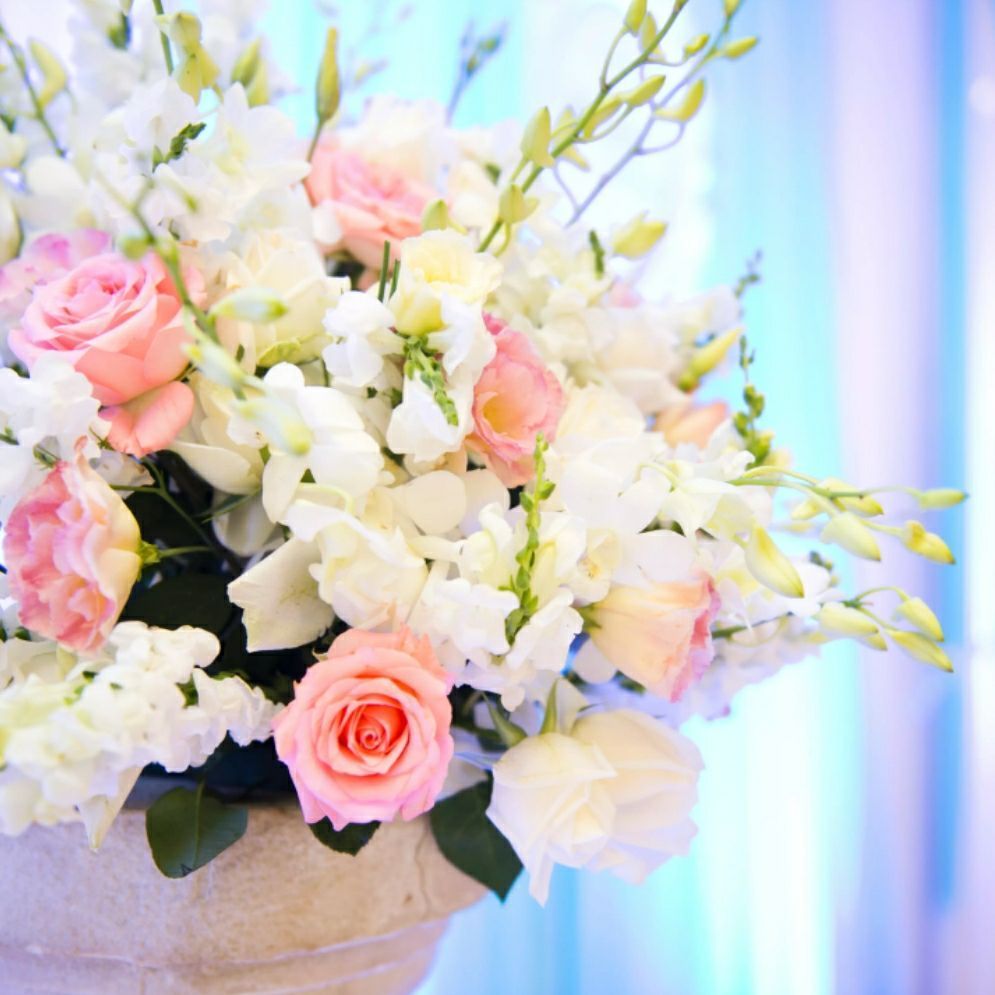
晚风庭院落梅初。淡云来往月疏疏。